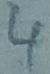
Text: 4